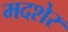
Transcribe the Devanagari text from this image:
मदशेर